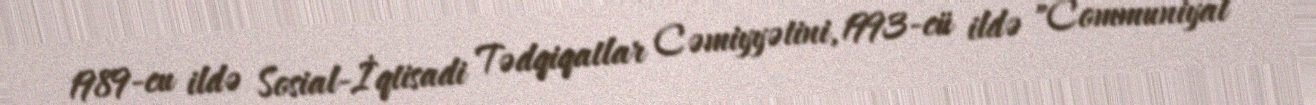
1989-cu ildə Sosial-İqtisadi Tədqiqatlar Cəmiyyətini, 1993-cü ildə "Communiyat